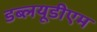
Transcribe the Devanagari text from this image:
डब्लयूडीएम